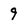
Character: 9